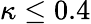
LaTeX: \kappa\leq 0.4